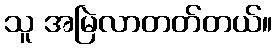
သူ အမြဲလာတတ်တယ်။